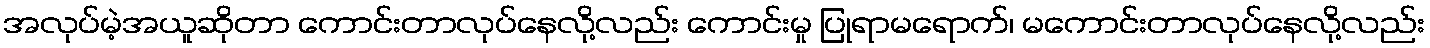
အလုပ်မဲ့အယူဆိုတာ ကောင်းတာလုပ်နေလို့လည်း ကောင်းမှု ပြုရာမရောက်၊ မကောင်းတာလုပ်နေလို့လည်း